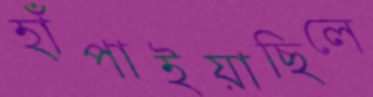
হাঁপাইয়াছিলে